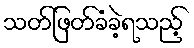
သတ်ဖြတ်ခံခဲ့ရသည့်